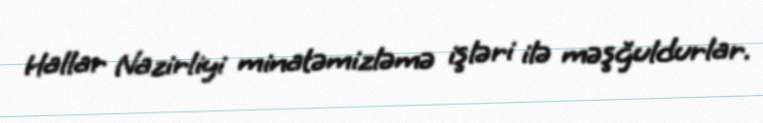
Hallar Nazirliyi minatəmizləmə işləri ilə məşğuldurlar.